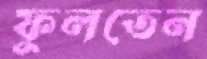
ফুলতেন